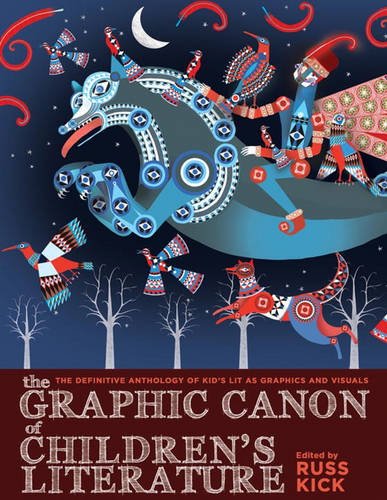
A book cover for The Graphic Canon of Children's Literature: The World's Greatest Kids' Lit as Comics and Visuals (The Graphic Canon Series); Comics & Graphic Novels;